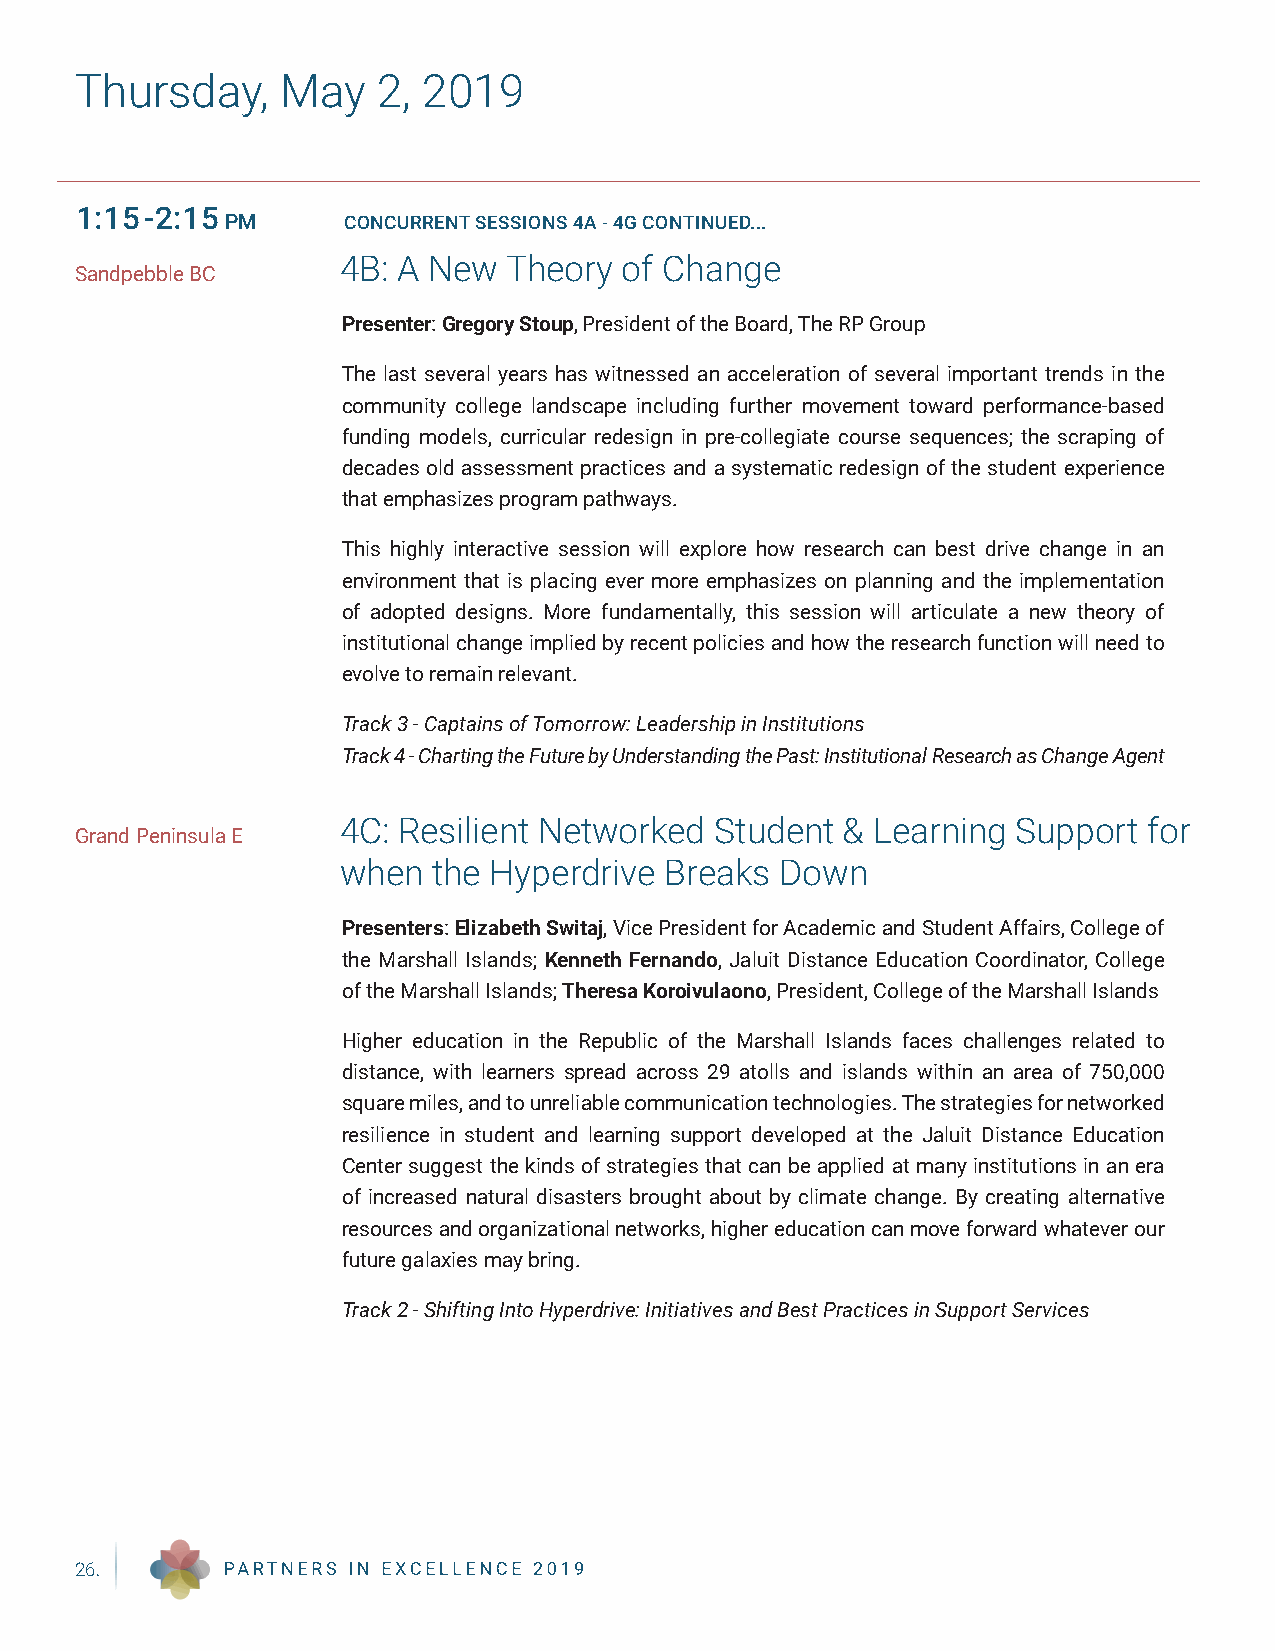
Thursday,     May   2, 2019
 1:15-2:15
 PM      CONCURRENT SESSIONS 4A - 4G CONTINUED...
 4B: A New  Theory  of Change
 Sandpebble BC
 Presenter: Gregory Stoup, President of the Board, The RP Group
 The last several years has witnessed an acceleration of several important trends in the
 community college landscape including further movement toward performance-based
 funding models, curricular redesign in pre-collegiate course sequences; the scraping of
 decades old assessment practices and a systematic redesign of the student experience
 that emphasizes program pathways.
 This highly interactive session will explore how research can best drive change in an
 environment that is placing ever more emphasizes on planning and the implementation
 of adopted designs. More fundamentally, this session will articulate a new theory of
 institutional change implied by recent policies and how the research function will need to
 evolve to remain relevant.
 Track 3 - Captains of Tomorrow: Leadership in Institutions
 Track 4 - Charting the Future by Understanding the Past: Institutional Research as Change Agent
 4C: Resilient Networked  Student  & Learning Support  for
 Grand Peninsula E
 when   the Hyperdrive Breaks  Down
 Presenters: Elizabeth Switaj, Vice President for Academic and Student Affairs, College of
 the Marshall Islands; Kenneth Fernando, Jaluit Distance Education Coordinator, College
 of the Marshall Islands; Theresa Koroivulaono, President, College of the Marshall Islands
 Higher education in the Republic of the Marshall Islands faces challenges related to
 distance, with learners spread across 29 atolls and islands within an area of 750,000
 square miles, and to unreliable communication technologies. The strategies for networked
 resilience in student and learning support developed at the Jaluit Distance Education
 Center suggest the kinds of strategies that can be applied at many institutions in an era
 of increased natural disasters brought about by climate change. By creating alternative
 resources and organizational networks, higher education can move forward whatever our
 future galaxies may bring.
 Track 2 - Shifting Into Hyperdrive: Initiatives and Best Practices in Support Services
 26.